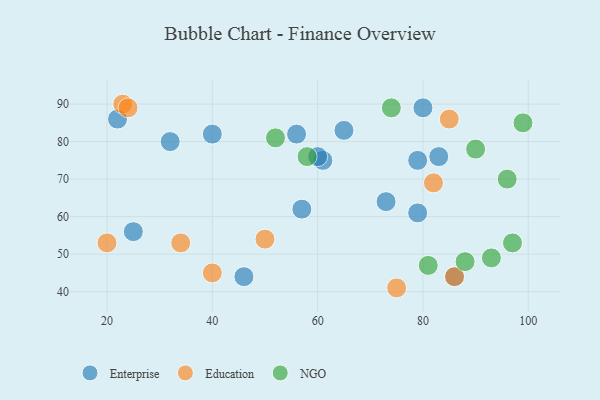
{"axis": {"x": "GDP", "y": "Life Expectancy"}, "legend": ["Education", "Enterprise", "NGO"], "data": [{"x": "56", "y": 82, "type": "Enterprise"}, {"x": "79", "y": 61, "type": "Enterprise"}, {"x": "86", "y": 44, "type": "Enterprise"}, {"x": "61", "y": 75, "type": "Enterprise"}, {"x": "65", "y": 83, "type": "Enterprise"}, {"x": "57", "y": 62, "type": "Enterprise"}, {"x": "83", "y": 76, "type": "Enterprise"}, {"x": "25", "y": 56, "type": "Enterprise"}, {"x": "40", "y": 82, "type": "Enterprise"}, {"x": "80", "y": 89, "type": "Enterprise"}, {"x": "22", "y": 86, "type": "Enterprise"}, {"x": "32", "y": 80, "type": "Enterprise"}, {"x": "79", "y": 75, "type": "Enterprise"}, {"x": "73", "y": 64, "type": "Enterprise"}, {"x": "46", "y": 44, "type": "Enterprise"}, {"x": "60", "y": 76, "type": "Enterprise"}, {"x": "86", "y": 44, "type": "Education"}, {"x": "40", "y": 45, "type": "Education"}, {"x": "85", "y": 86, "type": "Education"}, {"x": "20", "y": 53, "type": "Education"}, {"x": "82", "y": 69, "type": "Education"}, {"x": "23", "y": 90, "type": "Education"}, {"x": "34", "y": 53, "type": "Education"}, {"x": "75", "y": 41, "type": "Education"}, {"x": "24", "y": 89, "type": "Education"}, {"x": "50", "y": 54, "type": "Education"}, {"x": "88", "y": 48, "type": "NGO"}, {"x": "74", "y": 89, "type": "NGO"}, {"x": "97", "y": 53, "type": "NGO"}, {"x": "90", "y": 78, "type": "NGO"}, {"x": "81", "y": 47, "type": "NGO"}, {"x": "58", "y": 76, "type": "NGO"}, {"x": "93", "y": 49, "type": "NGO"}, {"x": "52", "y": 81, "type": "NGO"}, {"x": "96", "y": 70, "type": "NGO"}, {"x": "99", "y": 85, "type": "NGO"}]}